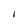
Character: I